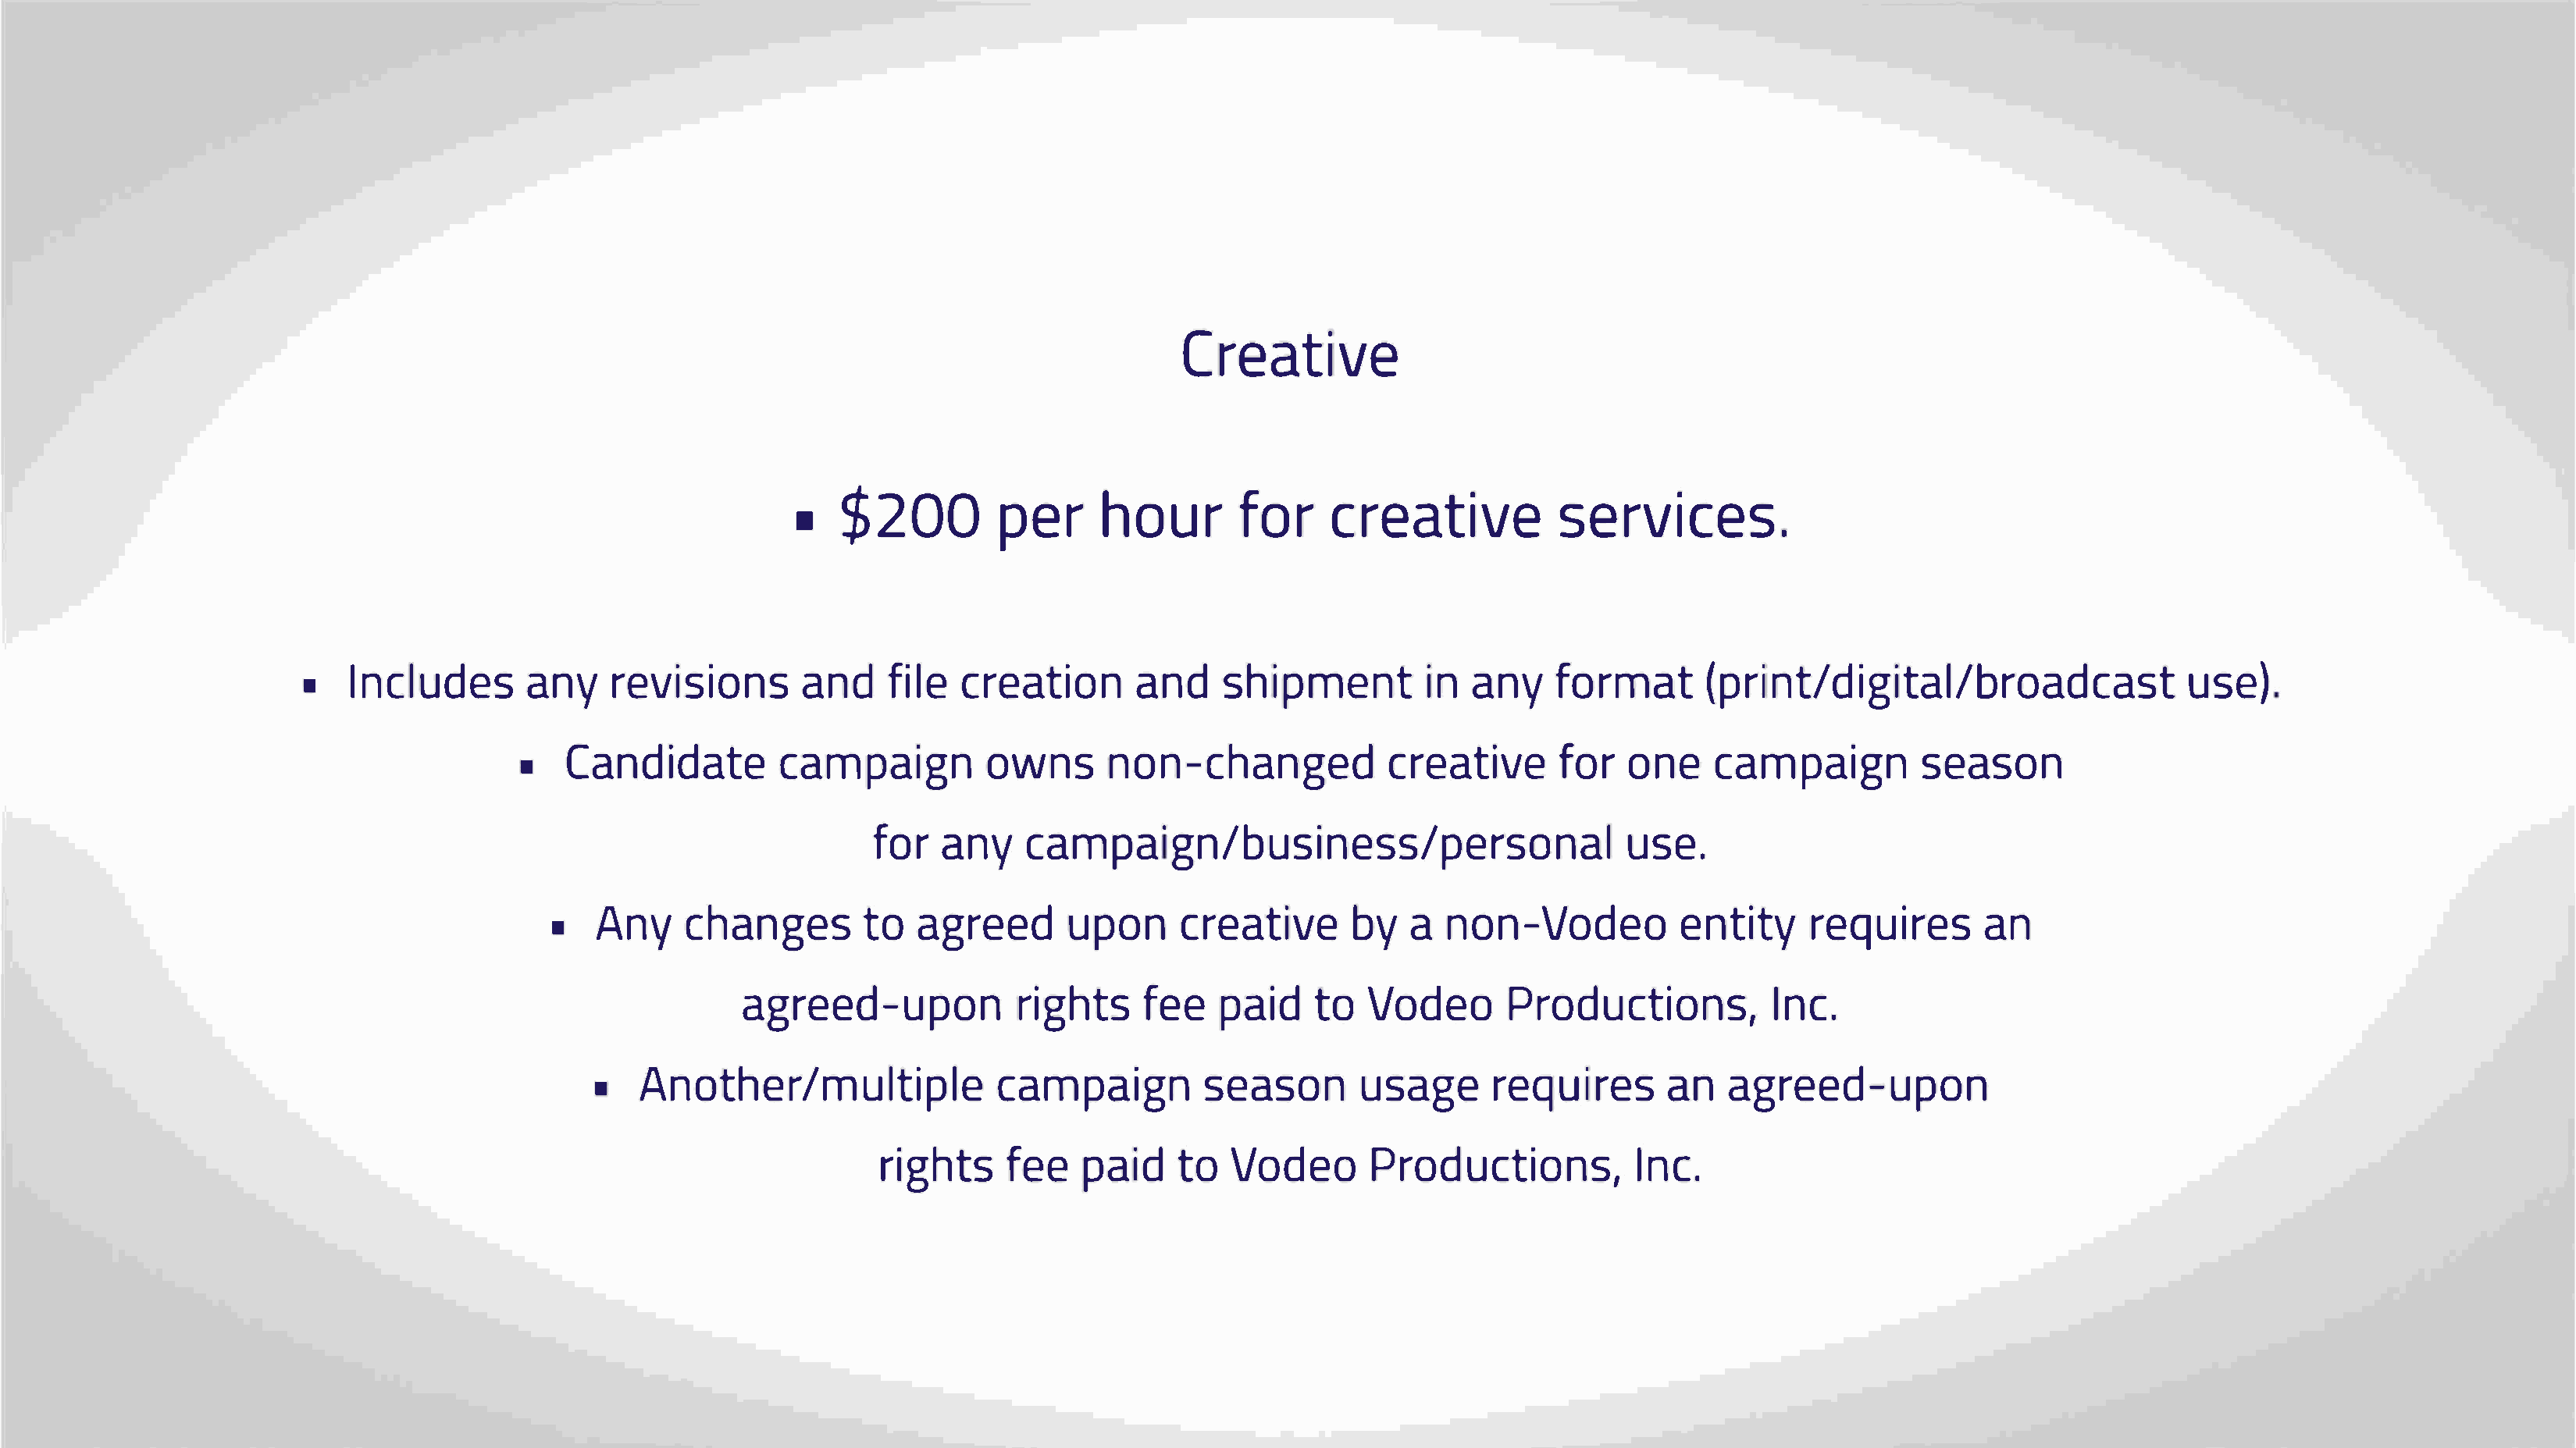
Creative
 ■$20p0eh                      ro      fuorcr        r     easteirvvei                           ces.
 Inclaundryee                  sv   iasnifdoi       cnlrsee      aatnisdoh         ni   pimanen      nfyto      r(mparti             nt/diguistea)l/broadcast
 ■
 Candicdaamtpeao                         iwgnnnso      n-chcarnegafetodoir                     nv ceea     mpasiegans                on
 ■
 foarnc        ya      mpa·gn/busuisnee.s                                           s/personal
 Ancyh           antgoae        gsr      uepeodcn     r    eabtyain         voen     -Veondterioet              qyua     inres
 ■
 agreed-ufpeopena                                tiroVdi  o   gdhPetroso       ductions,                                   Inc.
 Anotherc/ammuplastieigapnslu                                     oes,en ar gequainar             gerse        ed-upon
 ■
 rigfhept,aesi             t doV    odPeroo             ducItnico.n                    s,
 1